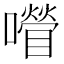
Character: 𡂚